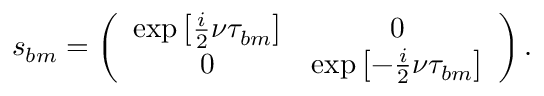
s _ { b m } = \left( \begin{array} { c c } { \exp \left[ \frac { i } { 2 } \nu \tau _ { b m } \right] } & { 0 } \\ { 0 } & { \exp \left[ - \frac { i } { 2 } \nu \tau _ { b m } \right] } \end{array} \right) .